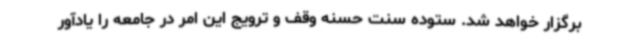
برگزار خواهد شد. ستوده سنت حسنه وقف و ترویج این امر در جامعه را یادآور